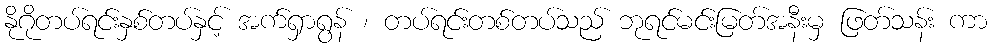
နိုဂိုတပ်ရင်းနှစ်တပ်နှင့် အက်ရှာရွန် ၊ တပ်ရင်းတစ်တပ်သည် ဘုရင်မင်းမြတ်အနီးမှ ဖြတ်သန်း ကာ